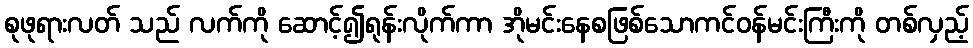
စုဖုရားလတ် သည် လက်ကို ဆောင့်၍ရုန်းလိုက်ကာ အိုမင်းနေစဖြစ်သောကင်ဝန်မင်းကြီးကို တစ်လှည့်